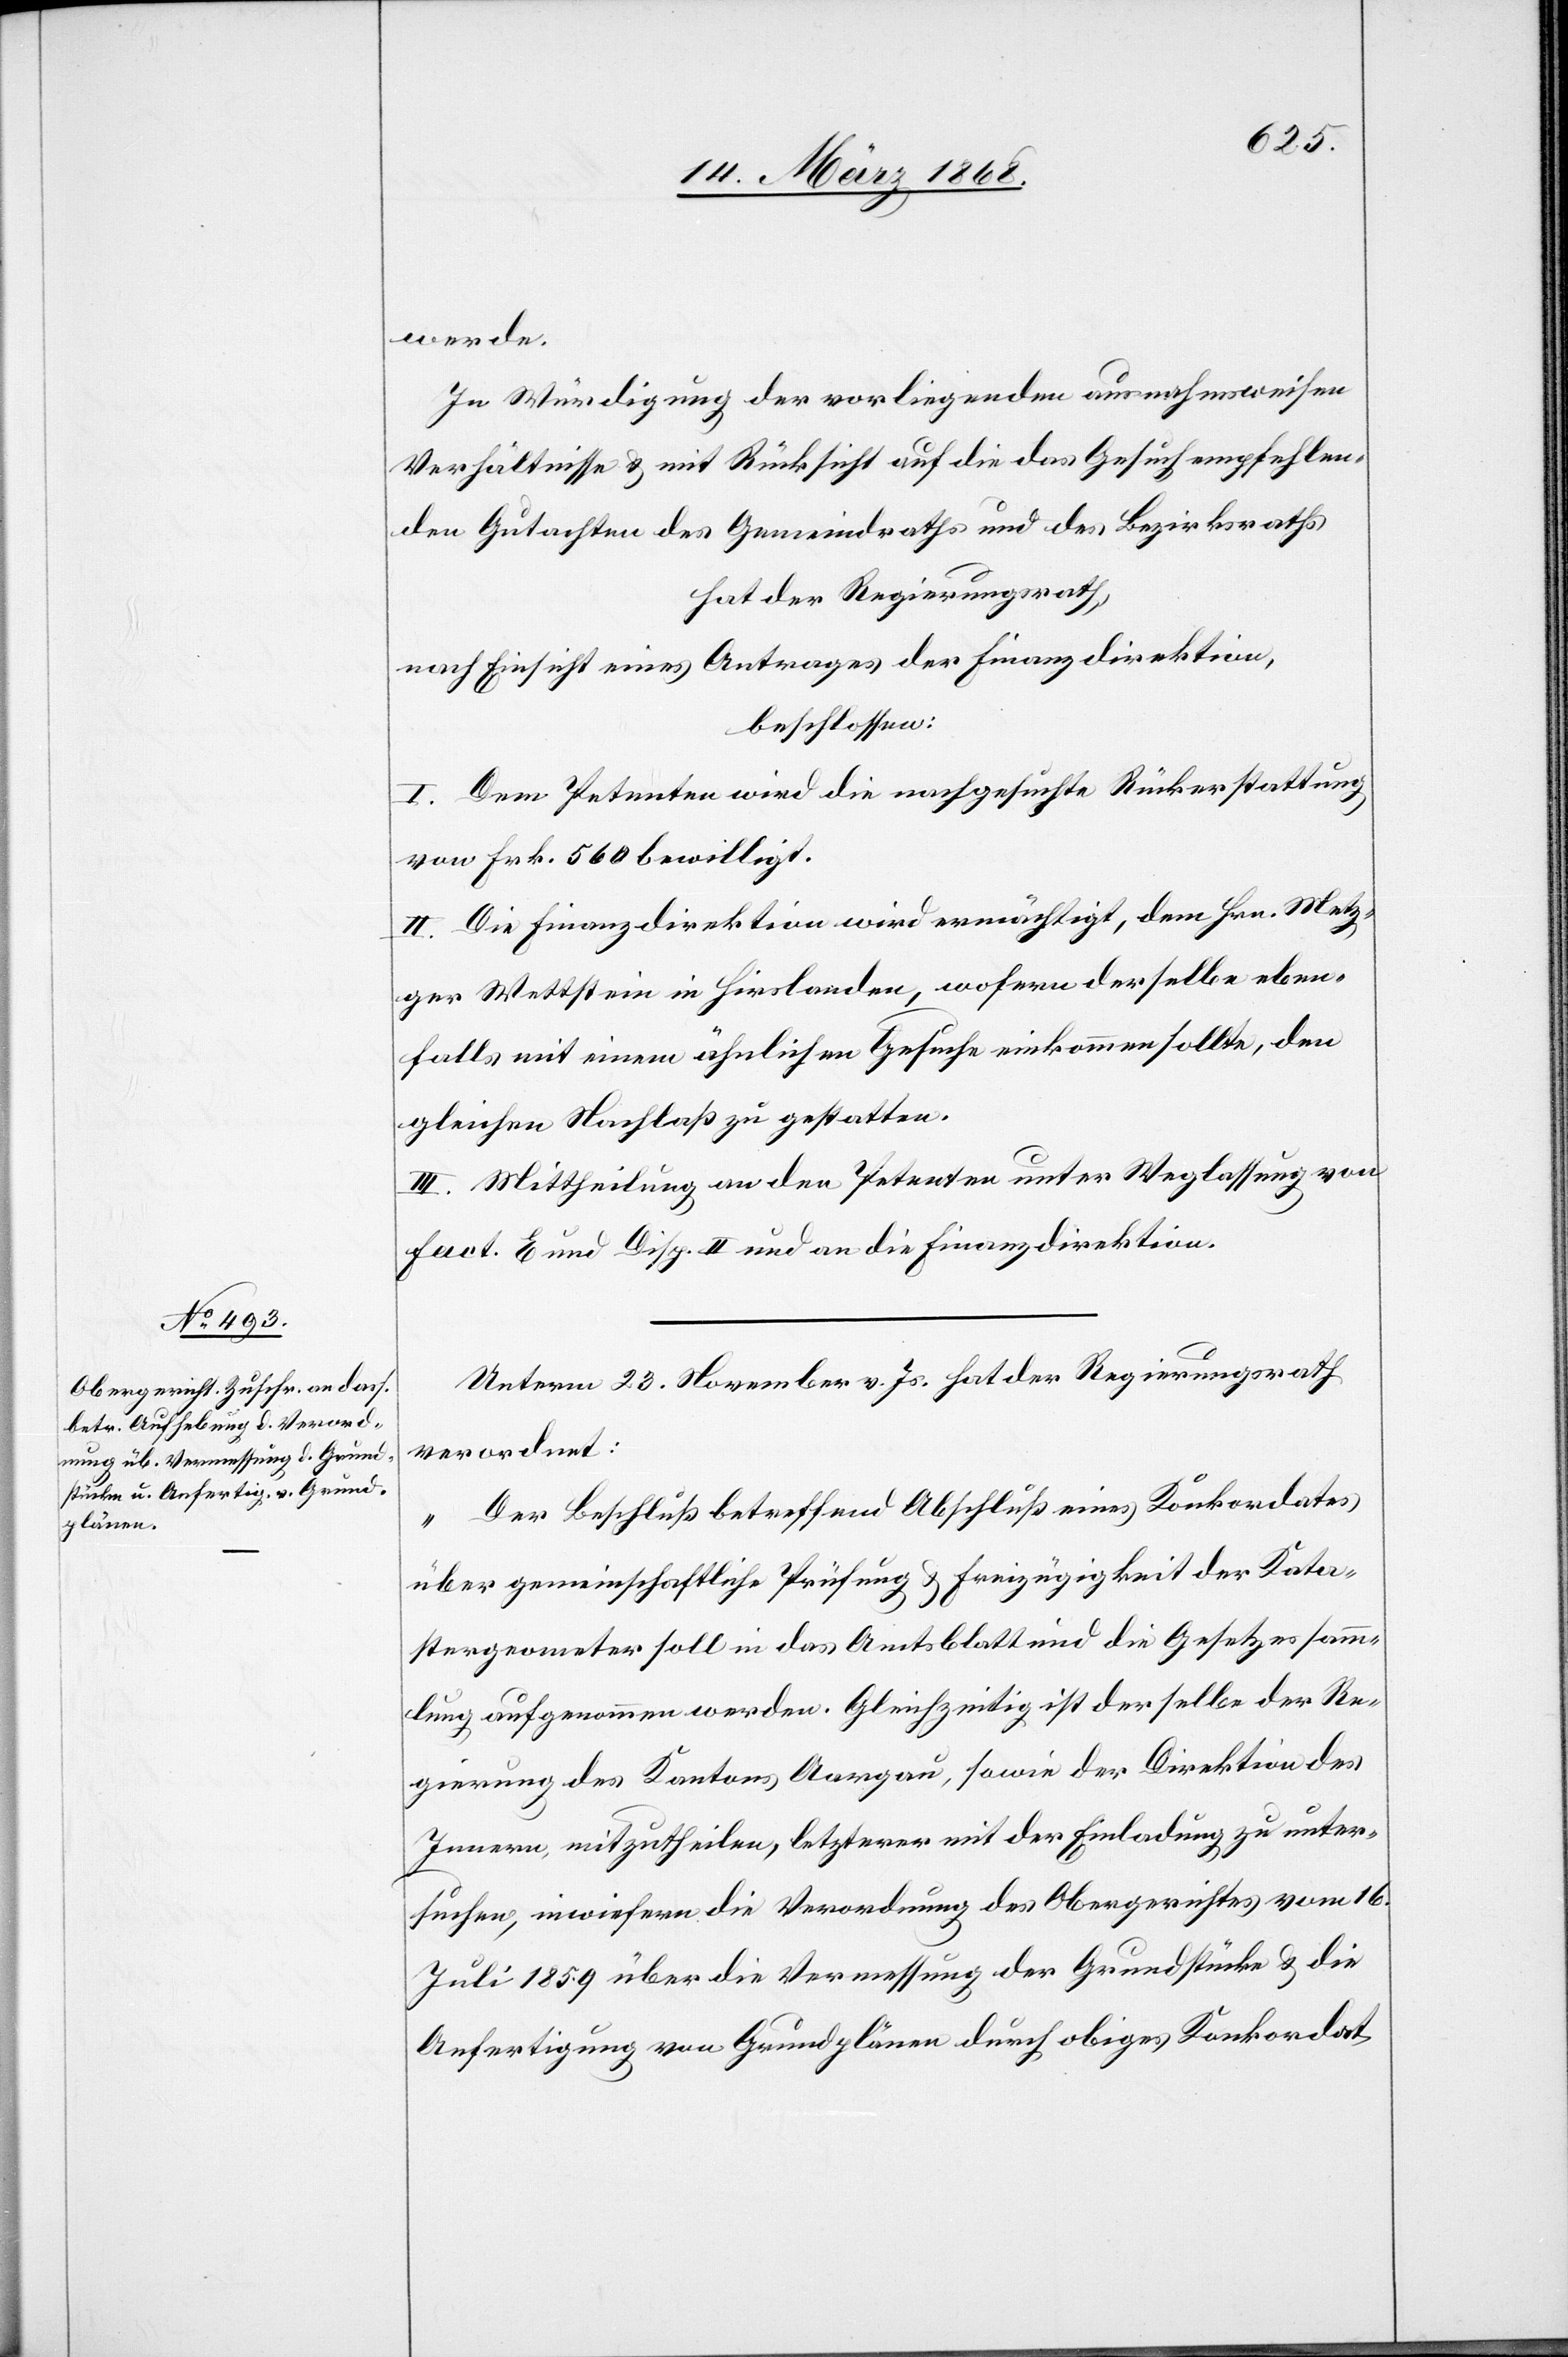
werde.
In Würdigung der vorliegenden ausnahmsweisen
Verhältnisse & mit Rücksicht auf die das Gesuch empfehlen¬
den Gutachten des Gemeindraths und des Bezirksraths
hat der Regierungsrath,
nach Einsicht eines Antrages der Finanzdirektion,
beschlossen:
I. Dem Petenten wird die nachgesuchte Rückerstattung
von Frk. 560 bewilligt.
II. Die Finanzdirektion wird ermächtigt, dem Hrn. Metz¬
ger Wettstein in Hirslanden, wofern derselbe eben¬
falls mit einem ähnlichen Gesuche einkommen sollte, den
gleichen Nachlaß zu gestatten.
III. Mittheilung an den Petenten unter Weglassung von
Fact. E und Disp. II und an die Finanzdirektion.
Unterm 23. November v. Js. hat der Regierungsrath
verordnet:
„Der Beschluß betreffend Abschluß eines Konkordates
über gemeinschaftliche Prüfung & Freizügigkeit der Kata¬
stergeometer soll in das Amtsblatt und die Gesetzessamm¬
lung aufgenommen werden. Gleichzeitig ist derselbe der Re¬
gierung des Kantons Aargau, sowie der Direktion des
Innern, mitzutheilen, letzterer mit der Einladung zu unter¬
suchen, inwiefern die Verordnung des Obergerichtes vom 16.
Juli 1859 über die Vermessung der Grundstücke & die
Anfertigung von Grundplänen durch obiges Konkordat